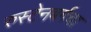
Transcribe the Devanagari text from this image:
रुस्टेनबर्गचा